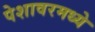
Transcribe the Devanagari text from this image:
पेशावरमध्ये